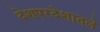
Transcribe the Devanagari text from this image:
देशपरदेशातले